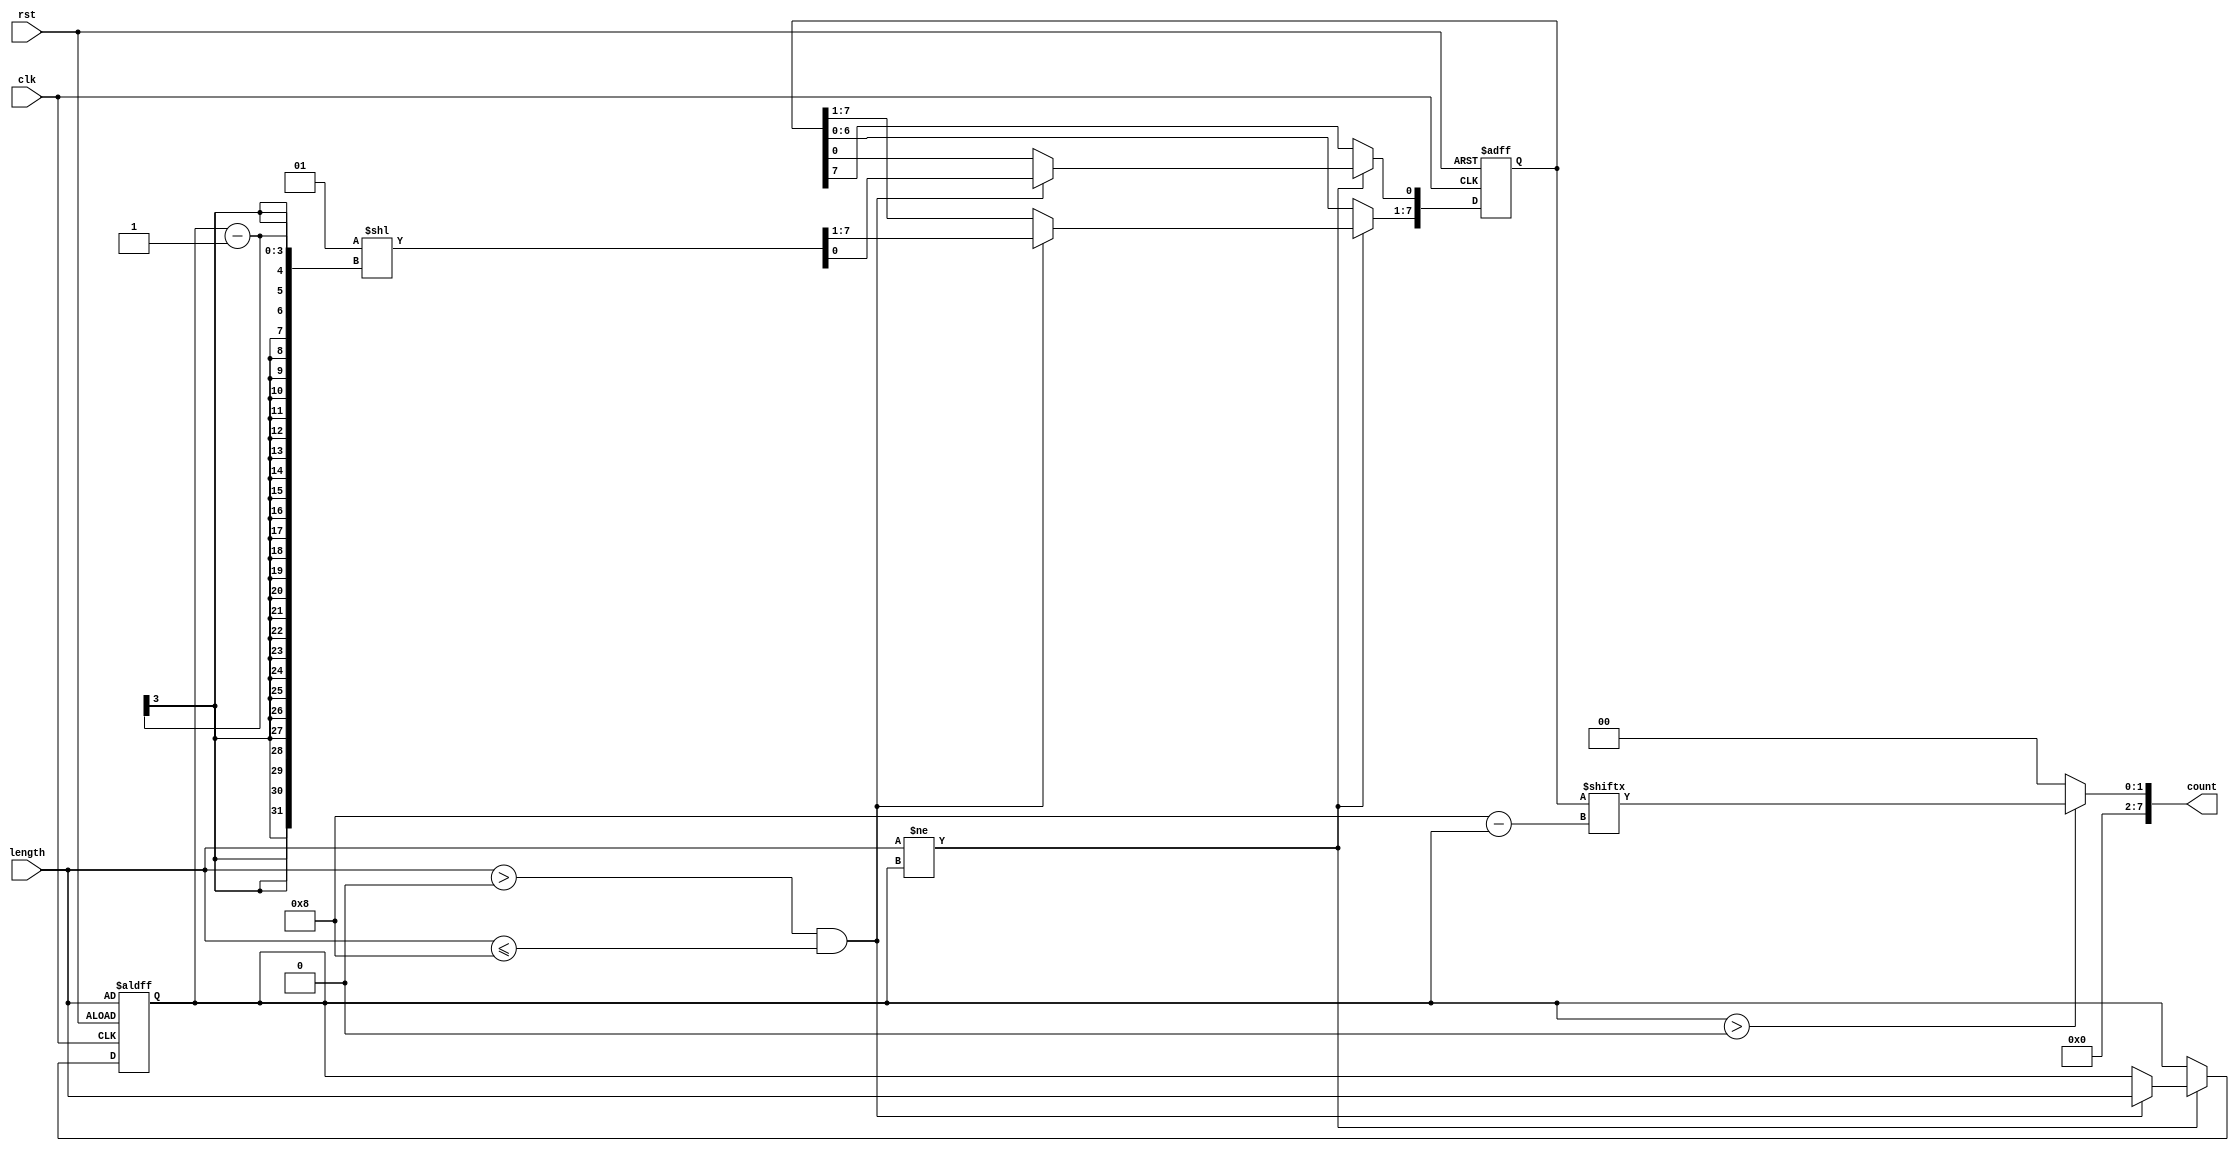
module variable_length_ring_counter #(
    parameter MAX_LENGTH = 8 // Maximum length of the counter (can be adjusted as needed)
)(
    input wire clk,
    input wire rst,
    input wire [2:0] length, // Length of the ring counter (1 to MAX_LENGTH)
    output reg [MAX_LENGTH-1:0] count // Output of the current state
);

    // Internal register to hold the current state of the counter
    reg [MAX_LENGTH-1:0] state;
    reg [2:0] current_length; // Current length of the counter

    // Initialization block
    always @(posedge clk or posedge rst) begin
        if (rst) begin
            // Reset counter to the initial state
            state <= 1 << (MAX_LENGTH - 1); // Set the highest bit initially
            current_length <= length; // Initialize current length
        end else if (length != current_length) begin
            // Change in length detected
            if (length > 0 && length <= MAX_LENGTH) begin
                current_length <= length; // Update current length
                
                // Reinitialize state to the new length
                state <= 1 << (current_length - 1); // Set the highest bit according to new length
            end
        end else begin
            // Shift left and create ring behavior
            state <= {state[MAX_LENGTH-2:0], state[MAX_LENGTH-1]}; // Shift left
            // Feedback the shifted out bit into the rightmost position
            state[0] <= state[MAX_LENGTH-1]; // Ring behavior
        end
    end

    // Assign the current state to the output
    always @(*) begin
        if (current_length > 0) begin
            count = state[MAX_LENGTH-1:MAX_LENGTH-current_length]; // Output only the relevant bits
        end else begin
            count = 0; // If length is 0, output should be all zeros
        end
    end

endmodule